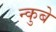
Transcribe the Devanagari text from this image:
न्कुबे